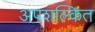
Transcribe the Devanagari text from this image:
अपशल्कित